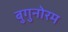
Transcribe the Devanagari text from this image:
बुगुनोरम